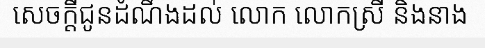
សេចក្តីជូនដំណឹងដល់ លោក លោកស្រី និងនាង